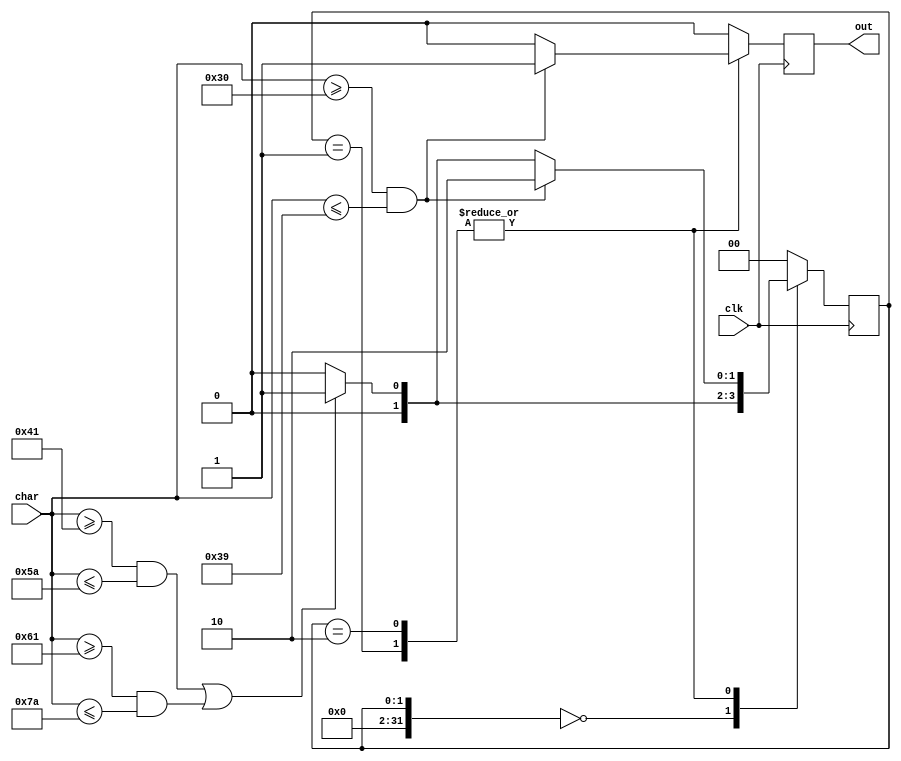
`timescale 1ns / 1ps
//////////////////////////////////////////////////////////////////////////////////
// Company: 
// Engineer: 
// 
// Design Name: 
// Module Name:    id_fsm 
// Project Name: 
// Target Devices: 
// Tool versions: 
// Description: 
//
// Dependencies: 
//
// Revision: 
// Revision 0.01 - File Created
// Additional Comments: 
//
//////////////////////////////////////////////////////////////////////////////////
module id_fsm(
    input [7:0] char,
    input clk,
    output reg out
    );
	 integer state = 0;
	initial out = 0;
	always @(posedge clk)begin
		case(state)
		0:
			begin
				if(char>=65&&char<=90||char>=97&&char<=122)begin
					state<=1;
					out<=0;
					end
				else begin
					state <= 0;
					out <= 0;
					end
			end
		1:
			begin
				if(char>=48&&char<=57)begin
					state<=2;
					out<=1;
					end
				else if(char>=65&&char<=90||char>=97&&char<=122)begin
					state<=1;
					out<=0;
					end
				else begin
					state<=0;
					out<=0;
					end
			end
		2:
			begin
				if(char>=48&&char<=57)begin
					state<=2;
					out<=1;
				end
				else if(char>=65&&char<=90||char>=97&&char<=122)begin
					state<=1;
					out<=0;
				end
				else begin
					state<=0;
					out<=0;
				end
			end
		default:begin
			state<=0;
			out<=0;
			end
		endcase
	end
endmodule